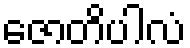
ဇောတိပါလံ